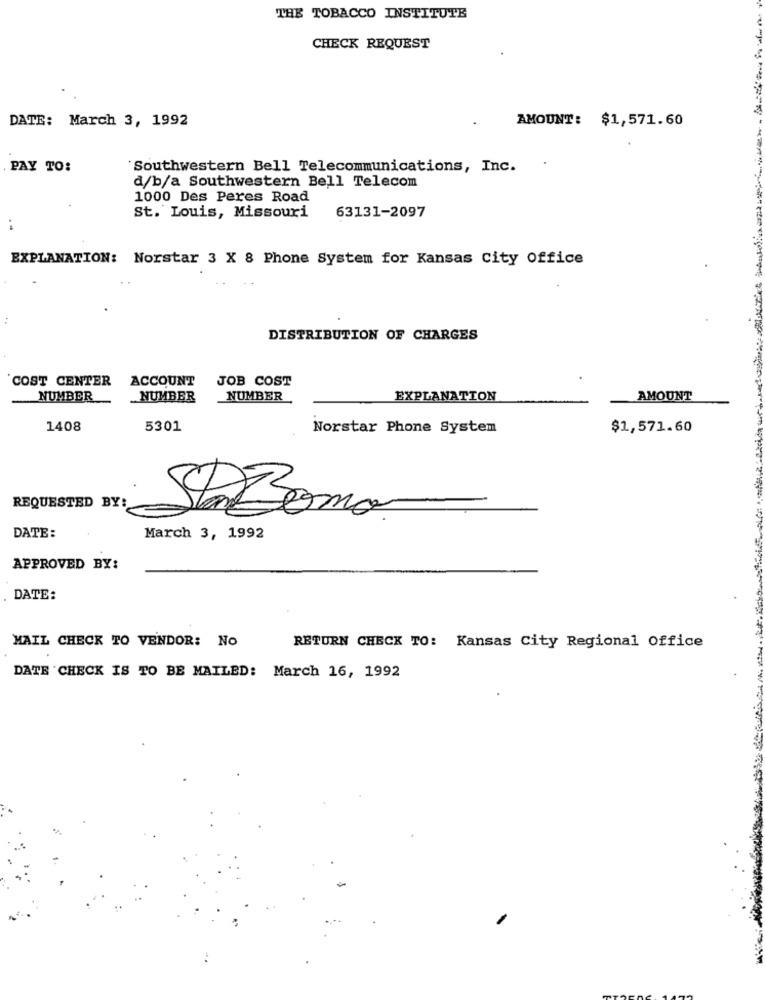
THE TOBACCO INSTITUTE
CHECK REQUEST
DATE: March 3, 1992
AMOUNT: $1,571.60
PAY TO:
"Southwestern Bell Telecommunications, Inc.
d/b/a Southwestern Bell Telecom
1000 Des Peres Road
63131-2097
St. Louis, Missouri
EXPLANATION: Norstar 3 X 8 Phone System for Kansas City Office
DISTRIBUTION OF CHARGES
COST CENTER
ACCOUNT
JOB COST
NUMBER
NUMBER
NUMBER
EXPLANATION
AMOUNT
1408
5301
Norstar Phone System
$1,571.60
REQUESTED BY:
SaComa
DATE:
March 3, 1992
APPROVED BY:
DATE:
MAIL CHECK TO VENDOR: NO
RETURN CHECK TO: Kansas City Regional Office
DATE 'CHECK IS TO BE MAILED: March 16, 1992